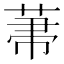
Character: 𦲅